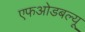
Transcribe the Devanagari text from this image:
एफओडबल्यू